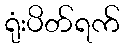
ရုံးပိတ်ရက်